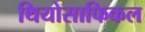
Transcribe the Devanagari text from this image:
थियोसाफिकल